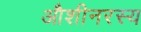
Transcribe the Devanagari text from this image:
औशीनरस्य